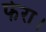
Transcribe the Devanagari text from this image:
फेरा।